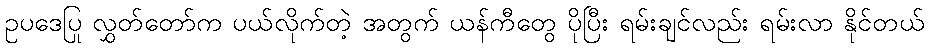
ဥပဒေပြု လွှတ်တော်က ပယ်လိုက်တဲ့ အတွက် ယန်ကီတွေ ပိုပြီး ရမ်းချင်လည်း ရမ်းလာ နိုင်တယ်